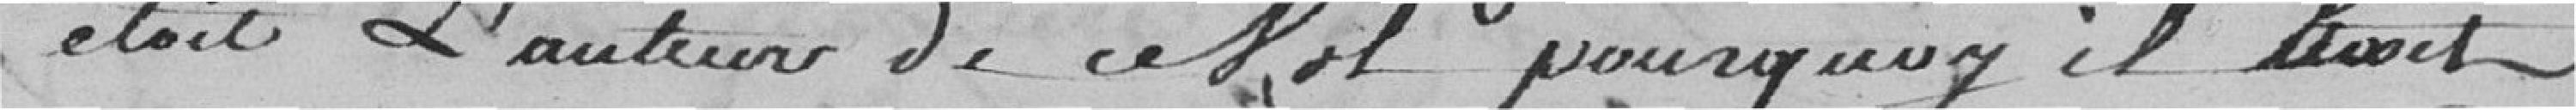
était l'auteur de ce vol pourquoy il était